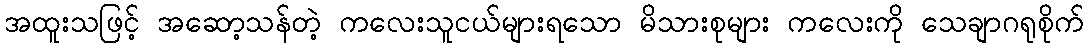
အထူးသဖြင့် အဆော့သန်တဲ့ ကလေးသူငယ်များရသော မိသားစုများ ကလေးကို သေချာဂရုစိုက်